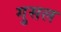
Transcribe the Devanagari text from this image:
गुसल